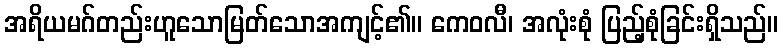
အရိယမဂ်တည်းဟူသောမြတ်သောအကျင့်၏။ ကေဝလီ၊ အလုံးစုံ ပြည့်စုံခြင်းရှိသည်။